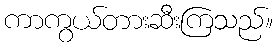
ကာကွယ်တားဆီးကြသည်။